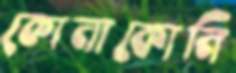
কোনাকোনি